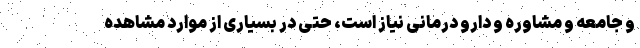
و جامعه و مشاوره و دارو درمانی نیاز است، حتی در بسیاری از موارد مشاهده